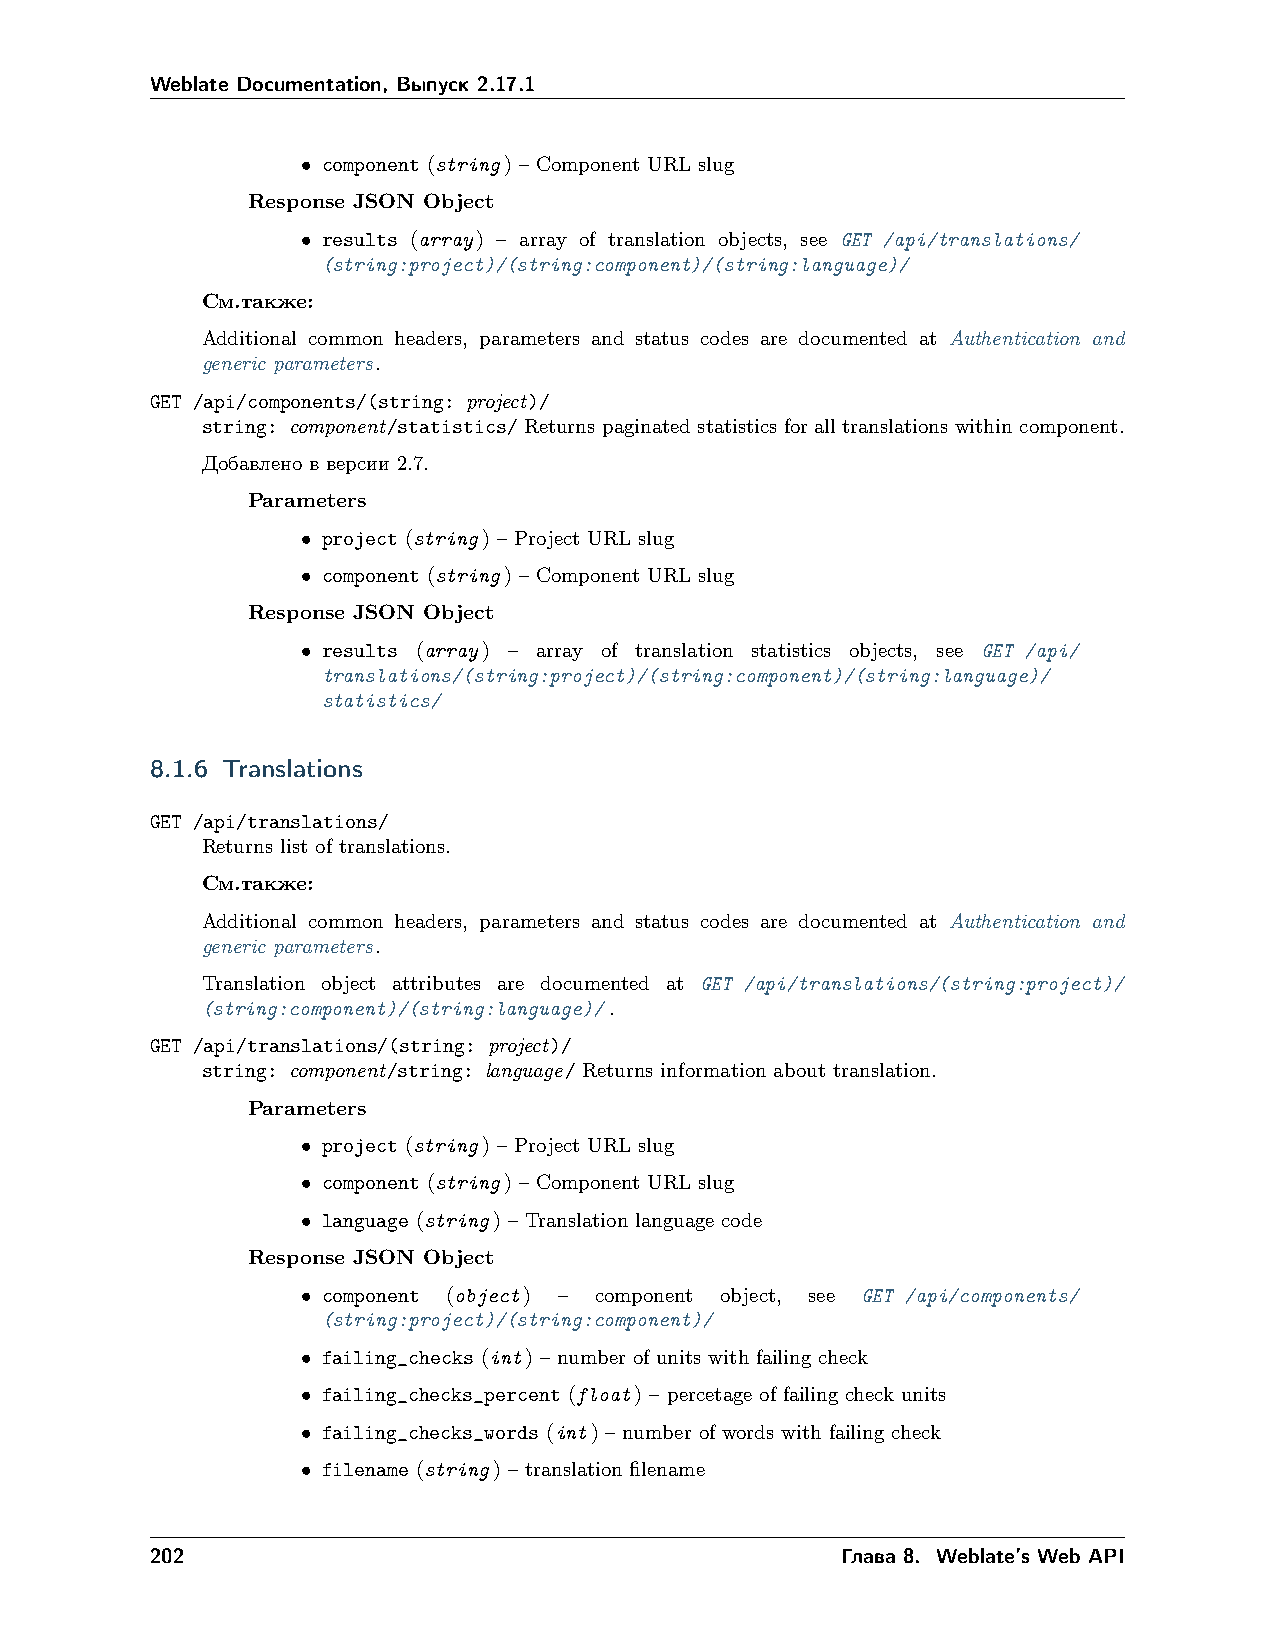
Weblate Documentation, Выпуск 2.17.1
 • component (string) – Component URL slug
 Response JSON Object
 • results (array) – array of translation objects, see GET /api/translations/
 (string:project)/(string:component)/(string:language)/
 См.также:
 Additional common headers, parameters and status codes are documented at Authentication and
 generic parameters.
 GET /api/components/(string: project)/
 string: component/statistics/ Returns paginated statistics for all translations within component.
 Добавлено в версии 2.7.
 Parameters
 • project (string) – Project URL slug
 • component (string) – Component URL slug
 Response JSON Object
 • results (array) – array of translation statistics objects, see GET /api/
 translations/(string:project)/(string:component)/(string:language)/
 statistics/
 8.1.6 Translations
 GET /api/translations/
 Returns list of translations.
 См.также:
 Additional common headers, parameters and status codes are documented at Authentication and
 generic parameters.
 Translation object attributes are documented at GET /api/translations/(string:project)/
 (string:component)/(string:language)/.
 GET /api/translations/(string: project)/
 string: component/string: language/ Returns information about translation.
 Parameters
 • project (string) – Project URL slug
 • component (string) – Component URL slug
 • language (string) – Translation language code
 Response JSON Object
 • component (object) – component object, see GET /api/components/
 (string:project)/(string:component)/
 • failing_checks (int) – number of units with failing check
 • failing_checks_percent (float) – percetage of failing check units
 • failing_checks_words (int) – number of words with failing check
 • filename (string) – translation filename
 202                                           Глава 8. Weblate’s Web API